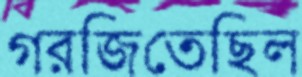
গরজিতেছিল